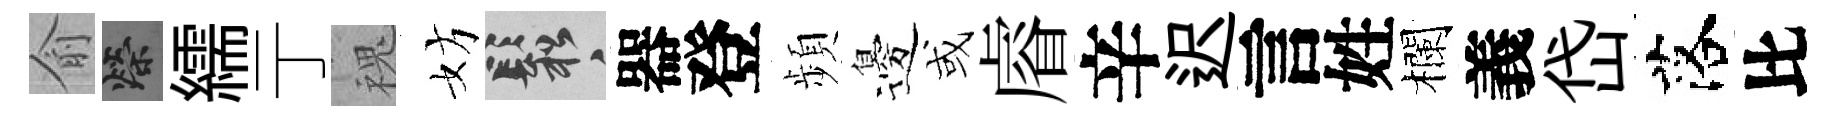
俞榮繻亍槐妨鬆器登頻邊或𥈠辛迟言姓欄義岱落比